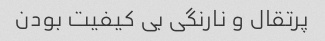
پرتقال و نارنگی بی کیفیت بودن